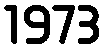
1973